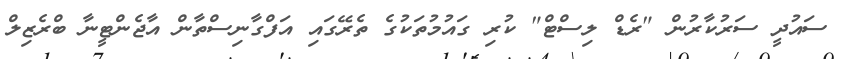
ސައުދީ ސަރުކާރުން "ރެޑް ލިސްޓް" ކުރި ގައުމުތަކުގެ ތެރޭގައި އަފްގާނިސްތާން އާޖެންޓީނާ ބްރެޒިލް